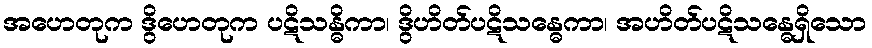
အဟေတုက ဒွိဟေတုက ပဋိသန္ဓိကာ၊ ဒွိဟိတ်ပဋိသန္ဓေကာ၊ အဟိတ်ပဋိသန္ဓေရှိသော